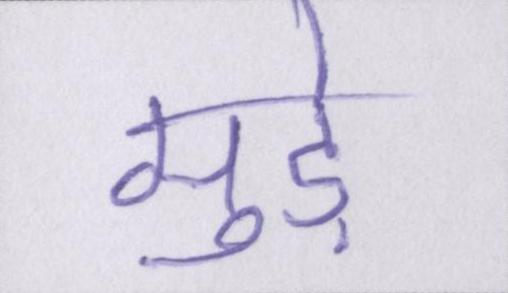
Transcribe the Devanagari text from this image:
मुड़े